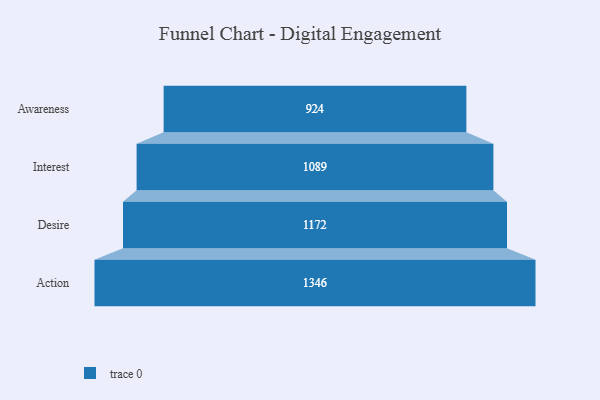
{"axis": {"x": "Stage", "y": "Value"}, "legend": [""], "data": [{"x": "Awareness", "y": 924.0, "type": ""}, {"x": "Interest", "y": 1089.0, "type": ""}, {"x": "Desire", "y": 1172.0, "type": ""}, {"x": "Action", "y": 1346.0, "type": ""}]}